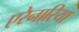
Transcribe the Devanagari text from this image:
एरेनारिया